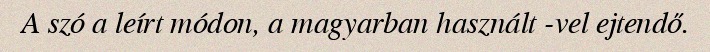
A szó a leírt módon, a magyarban használt -vel ejtendő.